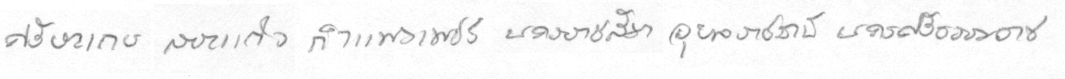
ศรีสะเกษสระแก้วกำแพงเพชรนครราชสีมาอุลราชธานีนครศรีธรรมราช